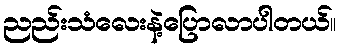
ညည်းသံလေးနဲ့ပြောလာပါတယ်။